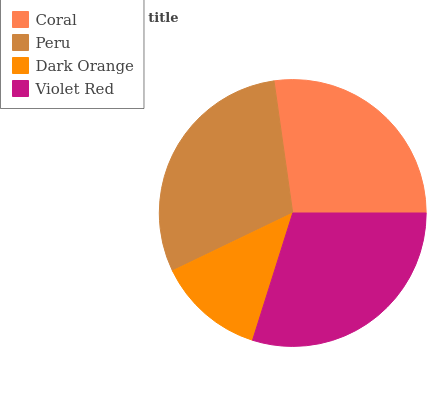
| Coral | Peru | Dark Orange | Violet Red |
 | --- | --- | --- | --- |
 | 27.2% | 29.9% | 13% | 29.9% |